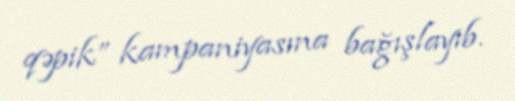
qəpik” kampaniyasına bağışlayıb.